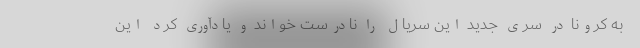
به کرونا در سری جدید این سریال را نادرست خواند و یادآوری کرد این